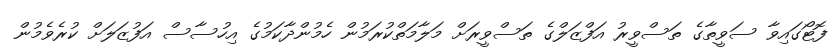
ފޮޓޯގައިވާ ސަވީތާގެ ތަސްވީރު އަފްޒަލްގެ ތަސްވީރަށް މަލާމަތްކުރަމުން ހެމުންދާކަމުގެ އިހުސާސް އަފުޒަލަށް ކުރެވެމުން